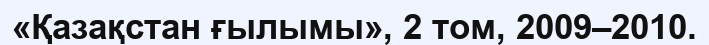
«Қазақстан ғылымы», 2 том, 2009–2010.